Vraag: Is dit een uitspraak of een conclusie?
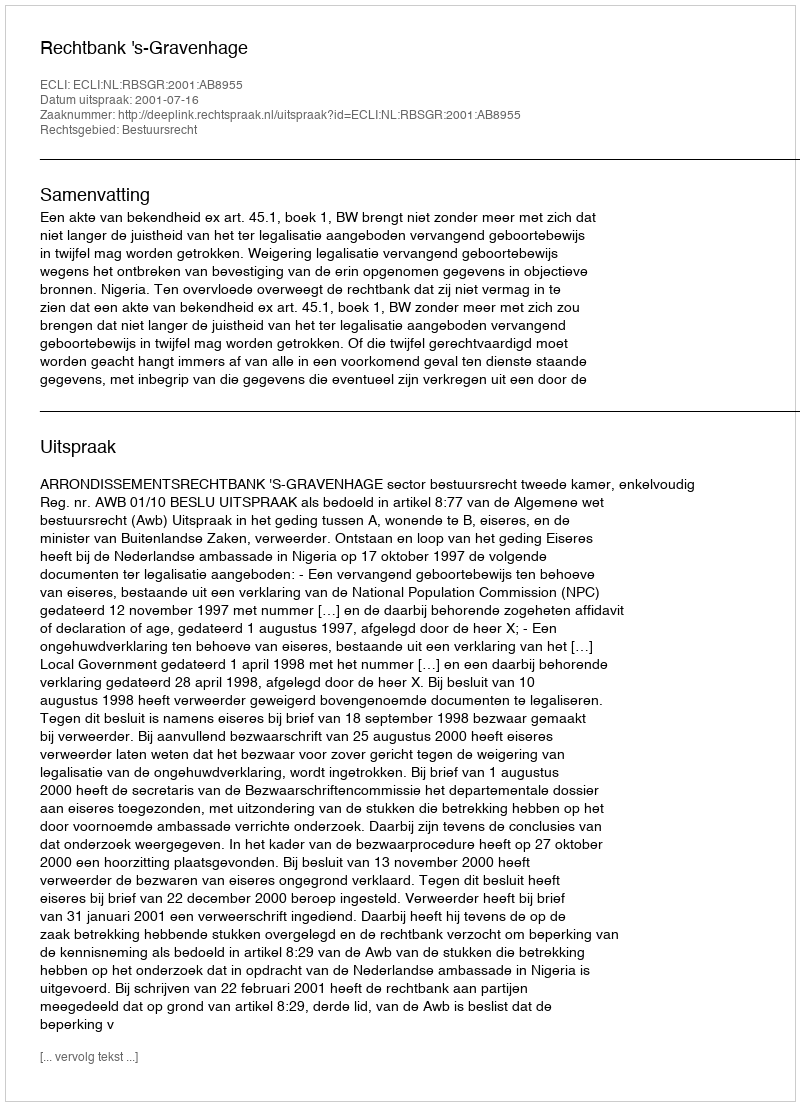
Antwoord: Uitspraak